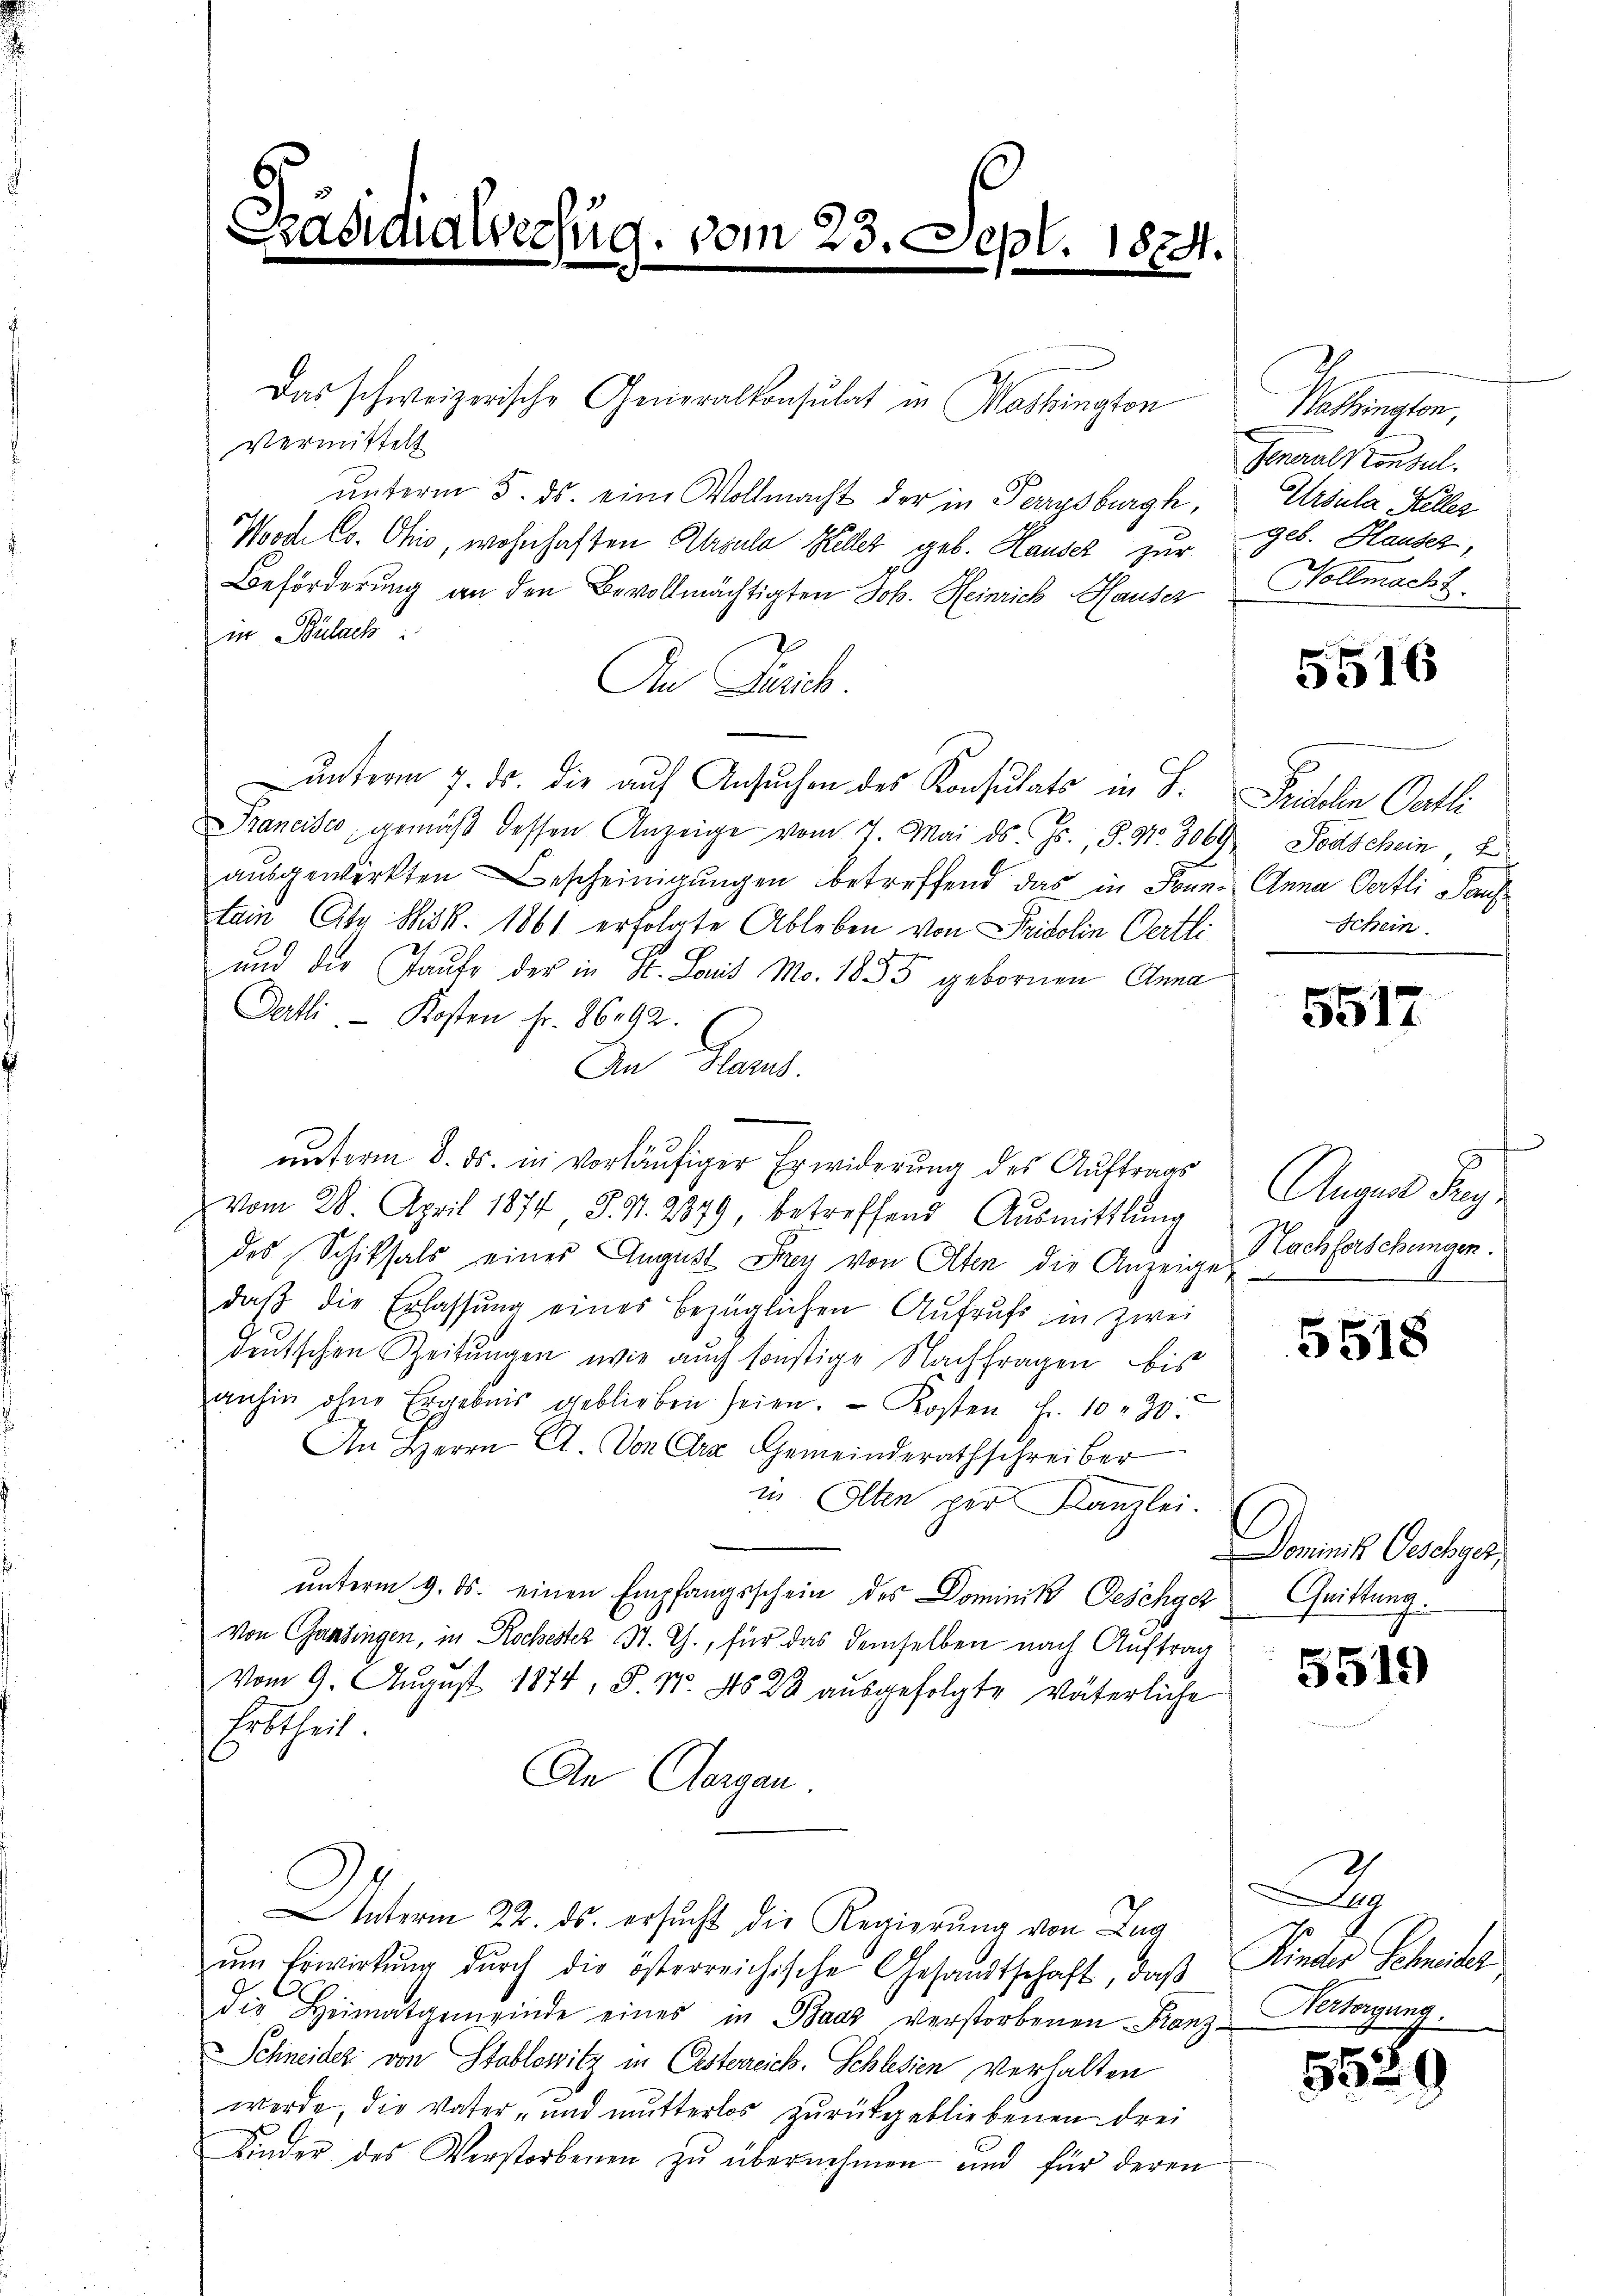
.

Das schweizerische Generalkonsulat in Mashington
Vermittels
unterm 5. ds. eine Vollmacht der in Persburg,
Woode Co. Ohio, wohnhaften Ursula Keller geb. Hauser zur
Beförderung an den Bevollmächtigten Joh. Heinrich Hauser
in Bülach
An Juris
unterm 7. ds. die auf Ansuchen des Konsulats in S. Peillen Gatti
Francisco, gemäß dessen Anzeige vom 7. Mai d. Js., S. Nr. 3069
ausgewirkten Bescheinigungen betreffend das in Sonn- Anna Oertli Sauftain, Cts Msk. 1861 erfolgte Ableben von Fridolin Oertli
und der Taufe der in S. Louis Mo. 1855 gebornen Anna
Datli. - Kosten fr. 8692.
An Glarus.
.
unterm 8. ds. in vorläufiger Erwiderung des Auftrags
vom 28. April 1874 J. S. 2879, betreffend Aŭsmittlung
des Schiksals einer August Frey von Olten die Anzeigen
daβ die Erlassŭng eines bezüglichen Aufrufs in zwei
deutschen Zeitungen, wie auch sonstige Nachfragen bis
anhin ohne Ergebnis geblieben seien. Kosten Fr. 10. 30.
An Herrn C. Von Cra Gemeinderathschreiber
in Olten per Kanzlei.
unterm 9. ds. einen Empfangsschein des Dominik Geschyer Chrittung.
Von Candingen, in Rochester St. G., für das demselben nach Auftrag
Vom 9. August 1874, S. N. No 28 ausgefolgte väterliche
Erbtheil
An Aargau.
nterm 22. ds. ersucht die Regierung von Zug
ŭm Erwirkŭng dŭrch die österreichische Gesandtschaft, daβ Kinder Schmeier
die Heimatgemeinde eines in Baas verstorbenen Franz-Versorgung.
Schneider von Stoblowitz in Oesterreich. Schlesien Verhalten
werde, die Vater- und mutterlos zurückgebliebenen drei
Kinder des Verstorbenen zŭ übernehmen und für deren

werfug. vom 23.

1824.
e

Kataste
Generalkonsul
Ursula Keller
geb. Hauser,
Nollmacht.

5516

Todschein,
Schein

5517

Augen Tag
Nachforschungen.

5518

Dominis Geselger

5519

x

5529